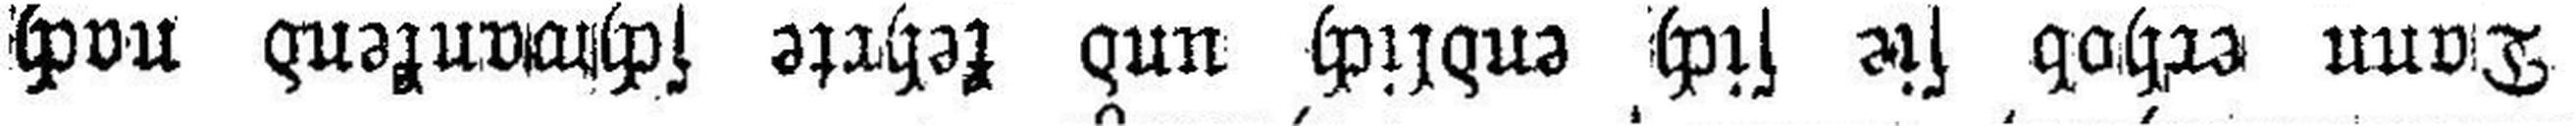
Dann erhob sie sich endlich und kehrte schwankend nach